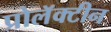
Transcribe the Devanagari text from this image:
प्रोलॅक्टीन